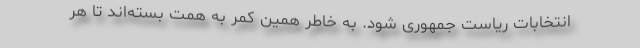
انتخابات ریاست جمهوری شود. به خاطر همین کمر به همت بسته‌اند تا هر